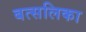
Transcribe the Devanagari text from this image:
बत्सलिका